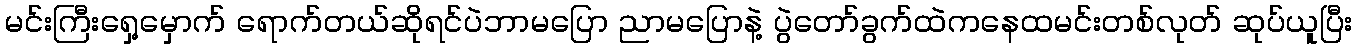
မင်းကြီးရှေ့မှောက် ရောက်တယ်ဆိုရင်ပဲဘာမပြော ညာမပြောနဲ့ ပွဲတော်ခွက်ထဲကနေထမင်းတစ်လုတ် ဆုပ်ယူပြီး